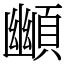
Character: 䫜